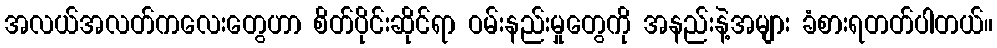
အလယ်အလတ်ကလေးတွေဟာ စိတ်ပိုင်းဆိုင်ရာ ဝမ်းနည်းမှုတွေကို အနည်းနဲ့အများ ခံစားရတတ်ပါတယ်။